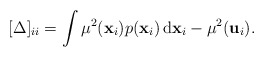
\begin{align*}[\Delta]_{ii}=\int\mu^{2}(\mathbf{x}_{i})p(\mathbf{x}_{i})\,\mathrm{d}\mathbf{x}_{i}-\mu^{2}(\mathbf{u}_{i}).\end{align*}